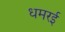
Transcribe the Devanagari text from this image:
धमरई